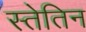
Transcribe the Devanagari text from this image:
स्तेतिन